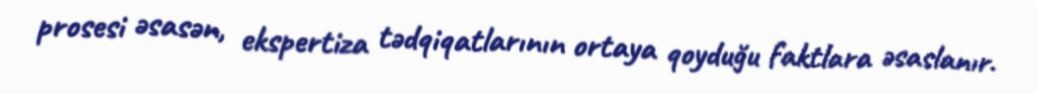
prosesi əsasən, ekspertiza tədqiqatlarının ortaya qoyduğu faktlara əsaslanır.